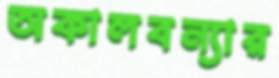
অকালবন্যার